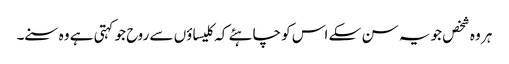
ہر وہ شخص جو یہ سن سکے اس کو چاہئے کہ کلیسا ؤں سے روح جو کہتی ہے وہ سنے۔